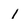
Character: 1